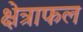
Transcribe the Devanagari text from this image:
क्षेत्राफल